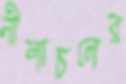
নীলাচলের